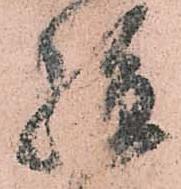
孫